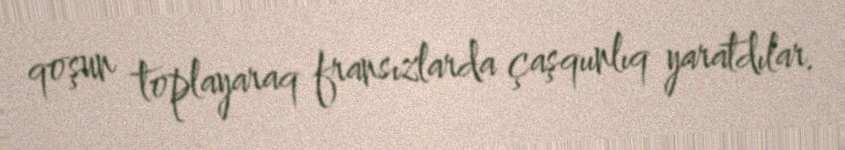
qoşun toplayaraq fransızlarda çaşqıınlıq yaratdılar.